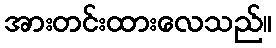
အားတင်းထားလေသည်။